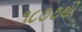
૧૮૭૭થી